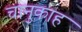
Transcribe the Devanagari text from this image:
चानुकाह